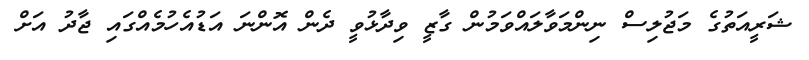
ޝަރީއަތުގެ މަޖުލިސް ނިންމަވާލައްވަމުން ގާޒީ ވިދާޅުވީ ދެން އޮންނަ އަޑުއެހުމެއްގައި ޖާދު އަށް